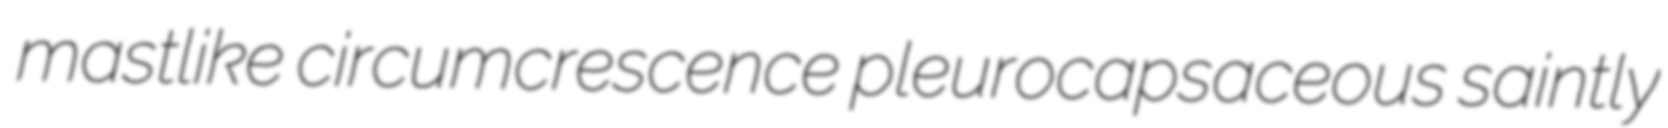
mastlike circumcrescence pleurocapsaceous saintly